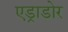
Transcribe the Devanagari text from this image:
एड्राडोर